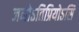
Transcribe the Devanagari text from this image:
जनोऽतिप्रियोऽसि